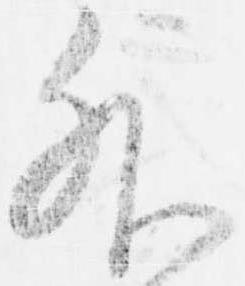
外